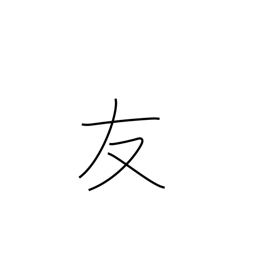
Meaning: friend